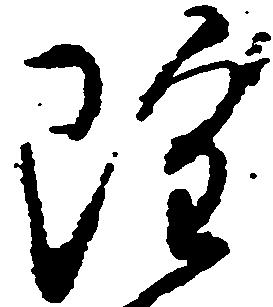
雖